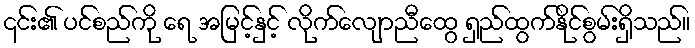
၎င်း၏ ပင်စည်ကို ရေ အမြင့်နှင့် လိုက်လျောညီထွေ ရှည်ထွက်နိုင်စွမ်းရှိသည်။